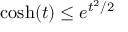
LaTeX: \cosh ( t ) \leq e ^ { t ^ { 2 } / 2 }